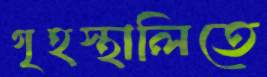
গৃহস্থালিতে